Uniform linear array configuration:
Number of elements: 16
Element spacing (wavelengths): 1
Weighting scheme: blackman
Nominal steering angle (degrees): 15
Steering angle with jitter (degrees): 14.332
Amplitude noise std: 0.05
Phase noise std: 0.05

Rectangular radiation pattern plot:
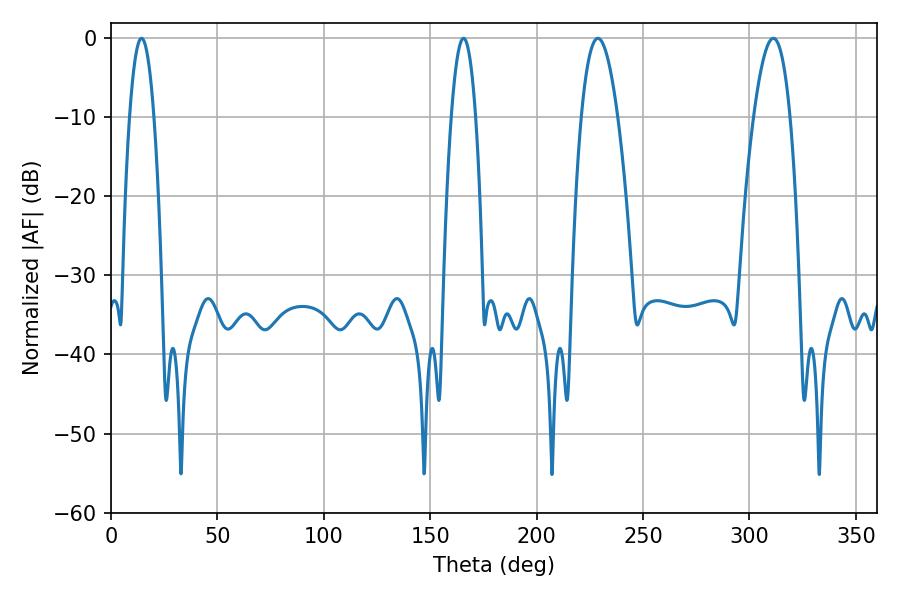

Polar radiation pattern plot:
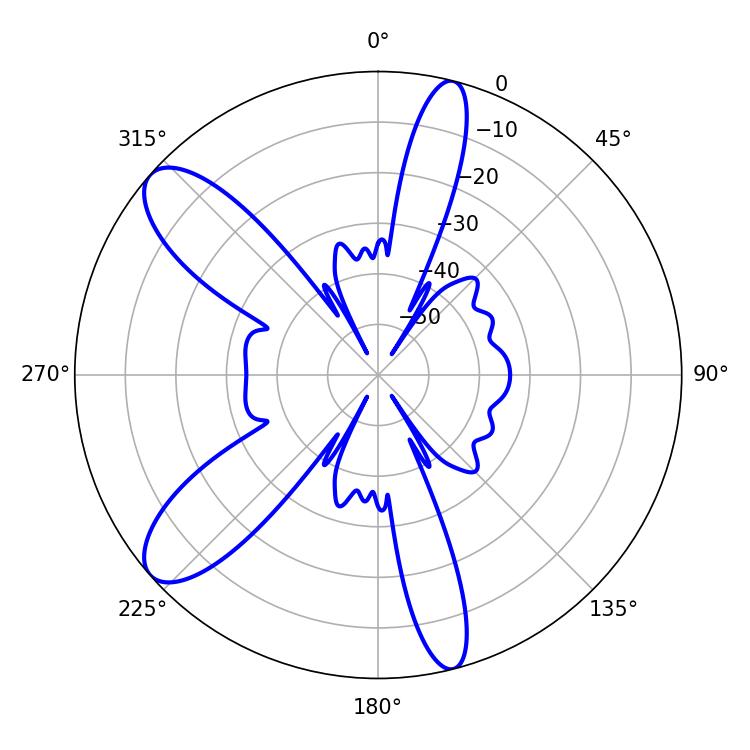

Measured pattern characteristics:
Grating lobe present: TRUE
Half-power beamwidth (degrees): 9.36
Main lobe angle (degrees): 228.78